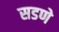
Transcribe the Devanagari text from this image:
सडणे